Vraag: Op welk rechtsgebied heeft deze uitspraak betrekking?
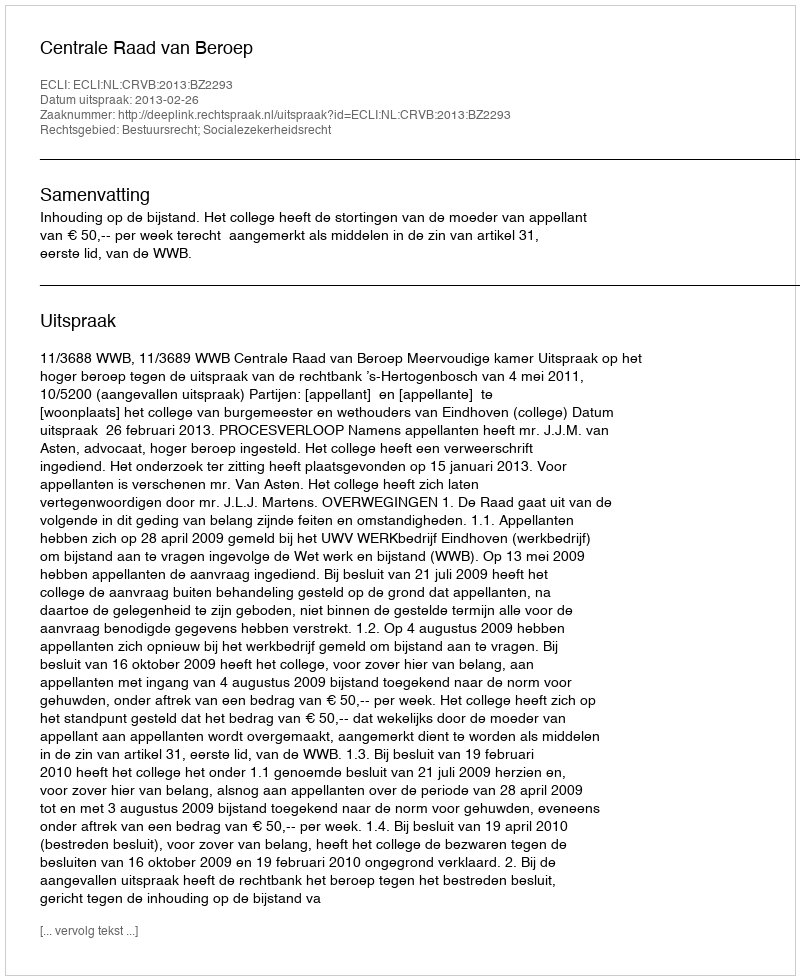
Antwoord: Bestuursrecht; Socialezekerheidsrecht